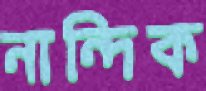
নান্দিক